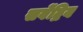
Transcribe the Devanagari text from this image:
सर्वेंद्रिय